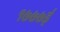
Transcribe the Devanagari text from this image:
१७७७ई